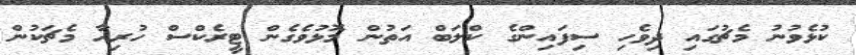
ކުޅެވުނު މެޗުގައި ދިވެހި ސިފައިންގެ ކްލަބް އަތުން މޮޅުވެގެން ޓީރެކްސް ހުރިހާ މެޗަކުން